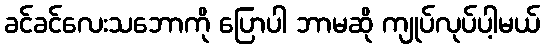
ခင်ခင်လေးသဘောကို ပြောပါ ဘာမဆို ကျုပ်လုပ်ပါ့မယ်